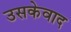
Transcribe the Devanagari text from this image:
उसकेवाद